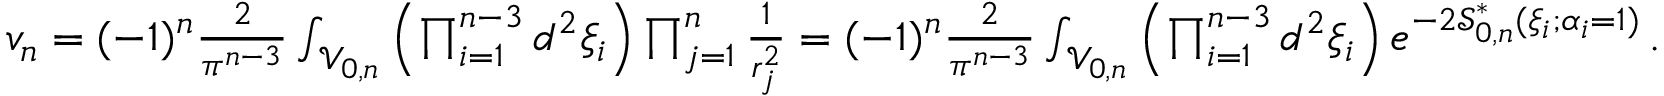
\begin{array} { r } { v _ { n } = ( - 1 ) ^ { n } { \frac { 2 } { \pi ^ { n - 3 } } } \int _ { \mathcal { V } _ { 0 , n } } \left( \prod _ { i = 1 } ^ { n - 3 } d ^ { 2 } \xi _ { i } \right) \prod _ { j = 1 } ^ { n } { \frac { 1 } { r _ { j } ^ { 2 } } } = ( - 1 ) ^ { n } { \frac { 2 } { \pi ^ { n - 3 } } } \int _ { \mathcal { V } _ { 0 , n } } \left( \prod _ { i = 1 } ^ { n - 3 } d ^ { 2 } \xi _ { i } \right) e ^ { - 2 \mathcal { S } _ { 0 , n } ^ { \ast } ( \xi _ { i } ; \alpha _ { i } = 1 ) } \, . } \end{array}